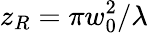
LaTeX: z_{R}=\pi w_{0}^{2}/\lambda